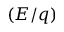
\left( E / q \right)